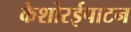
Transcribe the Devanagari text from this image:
केशोरईपाटन